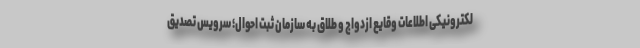
لکترونیکی اطلاعات وقایع ازدواج و طلاق به سازمان ثبت احوال؛ سرویس تصدیق